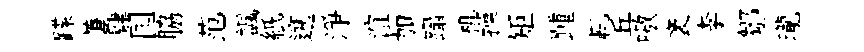
蹀萋肄国脇范諷紙遡淨谊加躡机操矩踵輒丘嗷袤李鄒瓏